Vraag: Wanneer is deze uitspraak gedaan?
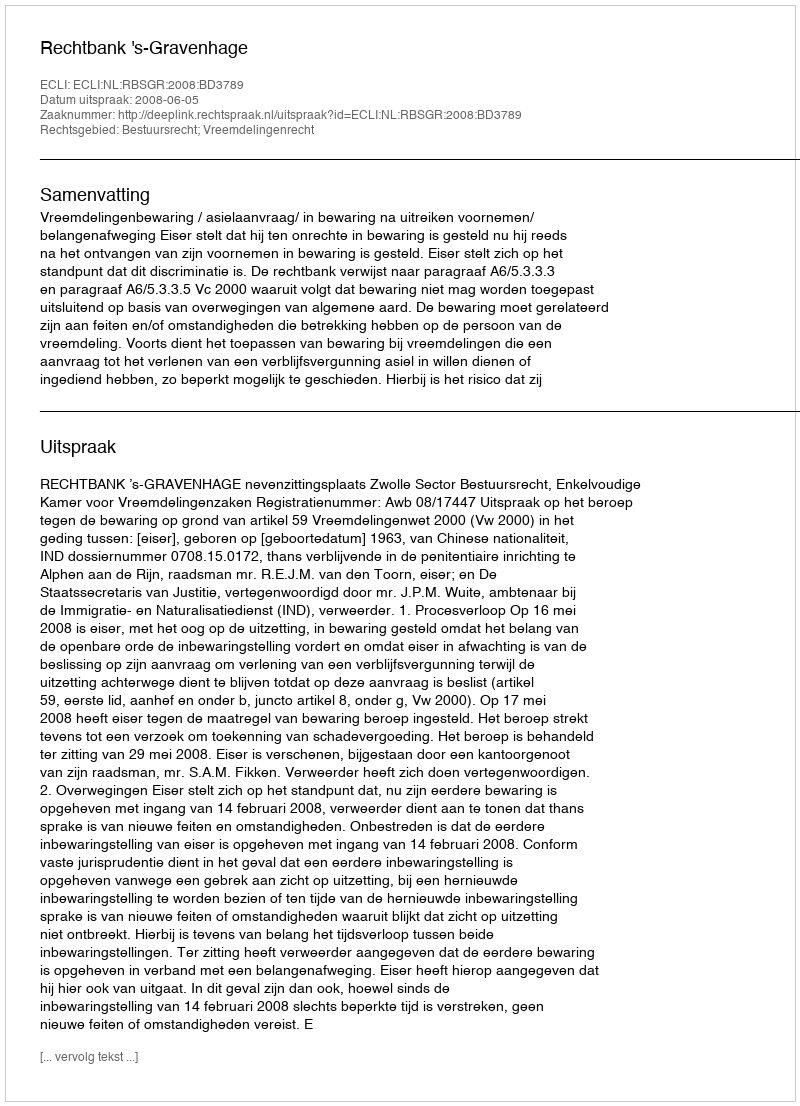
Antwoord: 2008-06-05